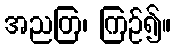
အညတြ၊ ကြဉ်၍။